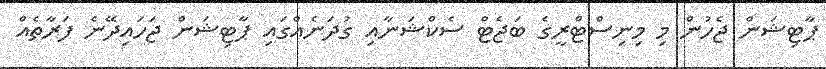
ޕާޓިޝަން ޖެހުން މި މިނިސްޓްރީގެ ބަޖެޓް ސެކްޝަނާއި ގުދަނެއްގައި ޕާޓިޝަން ޖަހައިދޭނެ ފަރާތެއް